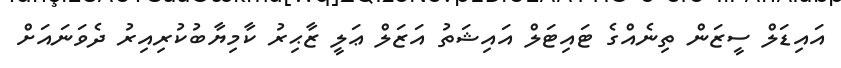
އައިޑަލް ސީޒަން ތިނެއްގެ ޓައިޓަލް އައިޝަތު އަޒަލް ޢަލީ ޒާޙިރު ކާމިޔާބުކުރިއިރު ދެވަނައަށް